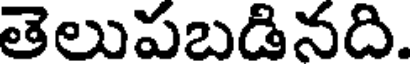
తెలుపబడినది.